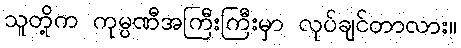
သူတို့က ကုမ္ပဏီအကြီးကြီးမှာ လုပ်ချင်တာလား။